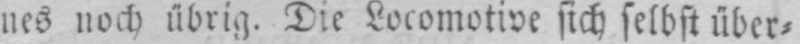
nes noch übrig. Die Locomotive sich selbst über⸗